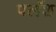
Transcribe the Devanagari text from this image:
पलॅश